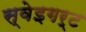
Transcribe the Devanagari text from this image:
स्वेइगर्ट